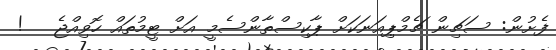
ފެށުން: ސަޗިން ޗެމްޕިއަނަކަށް ޕާކިސްތާންސެމީ އަށް ޓީމުތައް ހޮވިއްޖެ   !